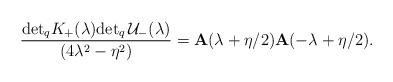
LaTeX: \begin{align*}\frac{\mathrm{det}_{q}K_{+}(\lambda )\mathrm{det}_{q}\,\mathcal{U}_{-}(\lambda )}{(4\lambda ^{2}-\eta ^{2})}=\mathbf{A}(\lambda +\eta /2)\mathbf{A}(-\lambda+\eta /2).\end{align*}